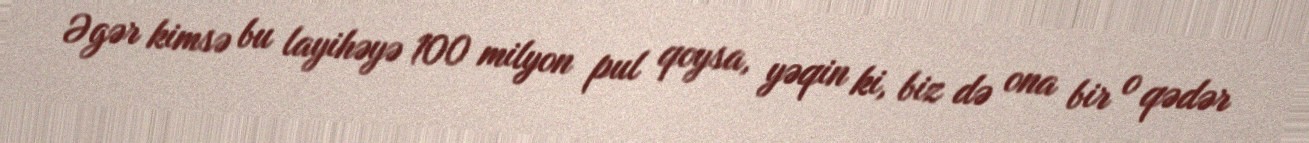
Əgər kimsə bu layihəyə 100 milyon pul qoysa, yəqin ki, biz də ona bir o qədər